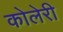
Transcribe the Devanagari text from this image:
कोलेरी